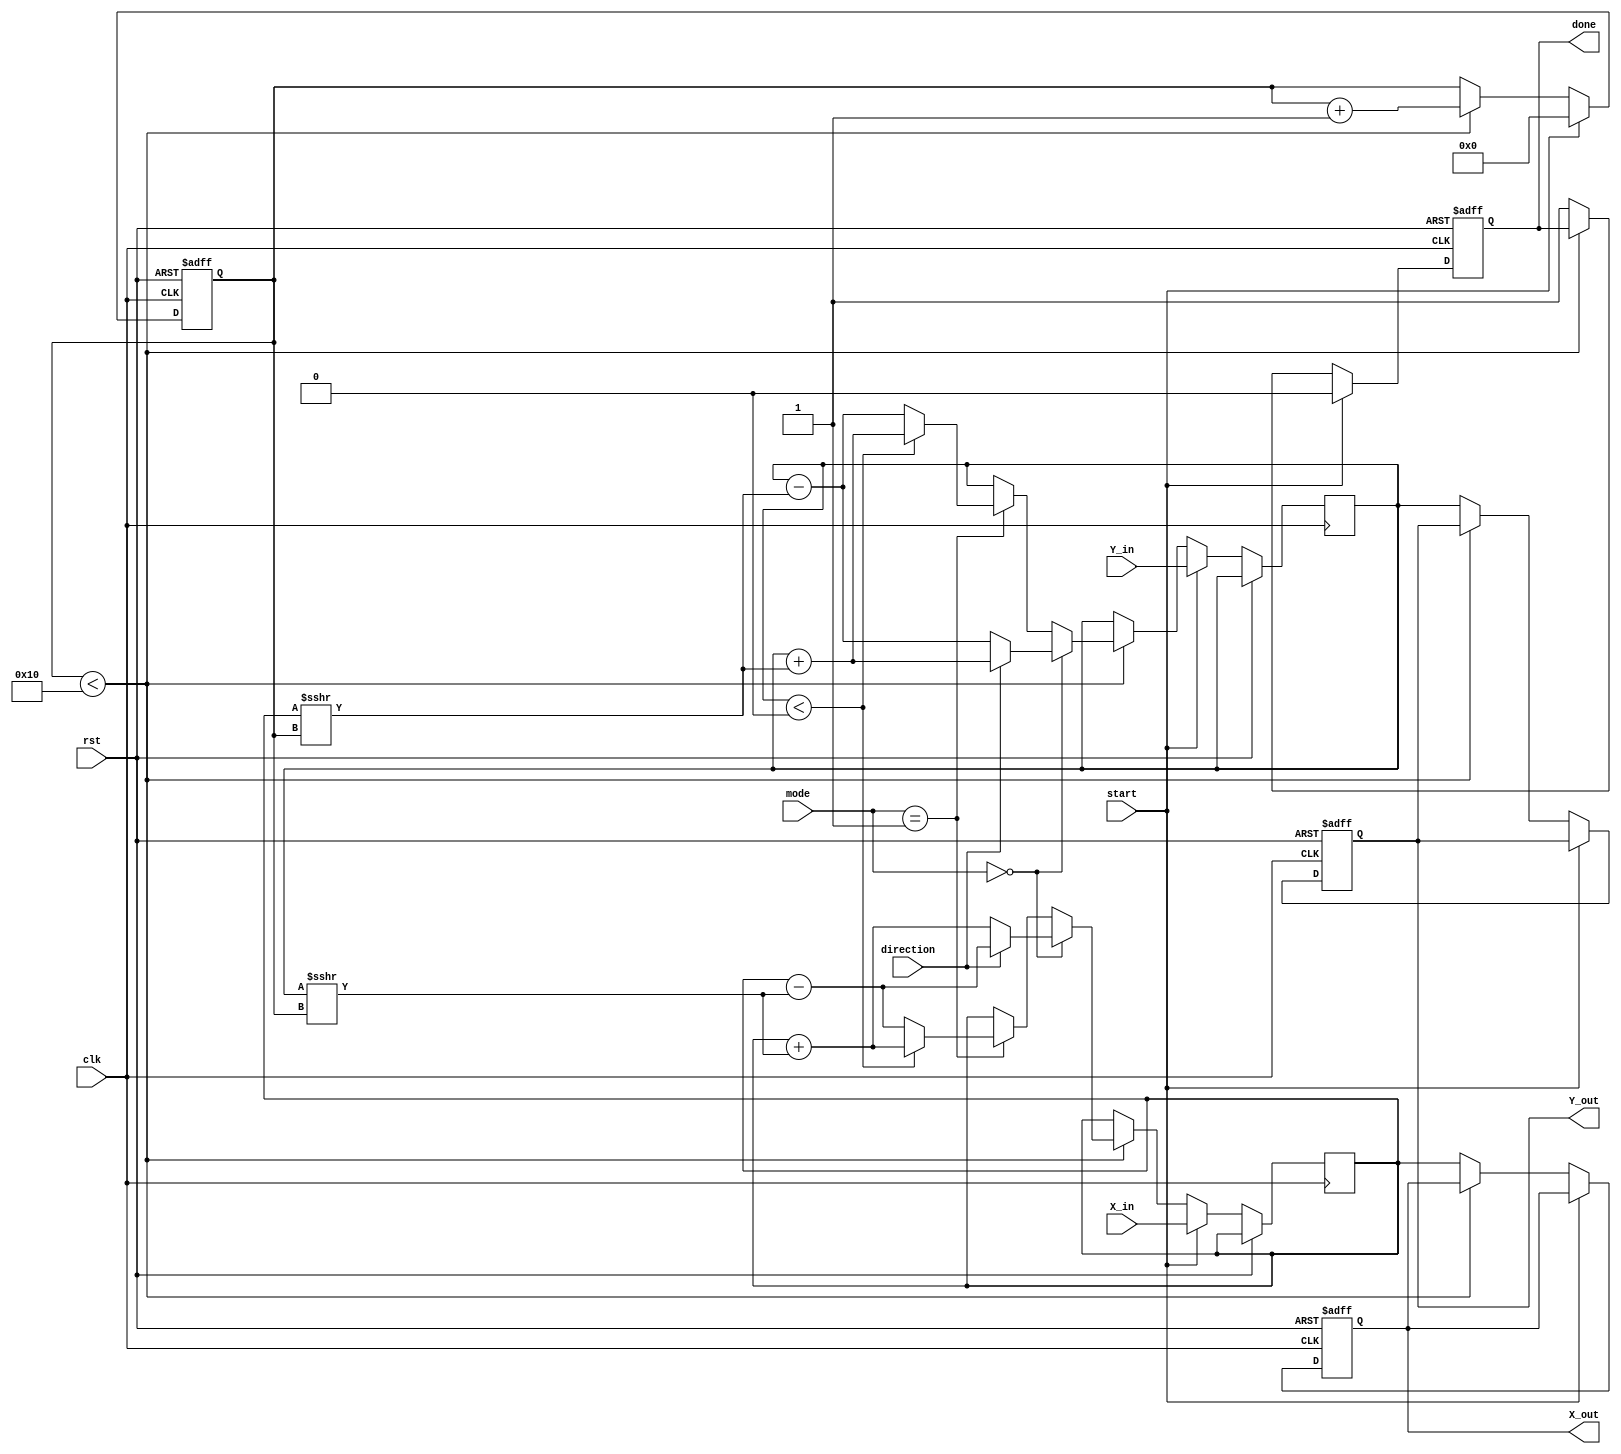
module cordic #(
    parameter DATA_WIDTH = 16,     // Data width for inputs and outputs
    parameter NUM_ITERATIONS = 16   // Number of CORDIC iterations
)(
    input wire clk,                 // Clock signal
    input wire rst,                 // Reset signal
    input wire [DATA_WIDTH-1:0] X_in,  // Input X coordinate
    input wire [DATA_WIDTH-1:0] Y_in,  // Input Y coordinate
    input wire [1:0] mode,          // Operation mode (00: rotation, 01: vectoring)
    input wire direction,            // Rotation direction (0: clockwise, 1: counter-clockwise)
    input wire start,                // Start signal
    output reg [DATA_WIDTH-1:0] X_out, // Output X coordinate
    output reg [DATA_WIDTH-1:0] Y_out, // Output Y coordinate
    output reg done                 // Completion signal
);

    // Pre-computed angle lookup table (arctan values in fixed-point format)
    reg [DATA_WIDTH-1:0] atan_table [0:NUM_ITERATIONS-1];

    initial begin
        // Initialize the atan_table with pre-computed values
        // In a real implementation, these values would need to be calculated.
        atan_table[0] = 16'h2000; // atan(2^-0)
        atan_table[1] = 16'h1400; // atan(2^-1)
        atan_table[2] = 16'h0A00; // atan(2^-2)
        atan_table[3] = 16'h0500; // atan(2^-3)
        atan_table[4] = 16'h0280; // atan(2^-4)
        // Fill in the rest of the table...
    end

    // Registers for iterative computation
    reg [DATA_WIDTH-1:0] x_reg;
    reg [DATA_WIDTH-1:0] y_reg;
    reg [4:0] iteration_count; // To keep track of iterations

    always @(posedge clk or posedge rst) begin
        if (rst) begin
            // Reset output and internal registers
            X_out <= 0;
            Y_out <= 0;
            done <= 0;
            iteration_count <= 0;
        end else if (start) begin
            // Initialize registers at start
            x_reg <= X_in;
            y_reg <= Y_in;
            iteration_count <= 0;
            done <= 0;
        end else if (iteration_count < NUM_ITERATIONS) begin
            // Perform CORDIC iteration
            if (mode == 2'b00) begin // Rotation mode
                if (direction) begin // Counter-clockwise
                    x_reg <= x_reg - (y_reg >>> iteration_count);
                    y_reg <= y_reg + (x_reg >>> iteration_count);
                end else begin // Clockwise
                    x_reg <= x_reg + (y_reg >>> iteration_count);
                    y_reg <= y_reg - (x_reg >>> iteration_count);
                end
            end else if (mode == 2'b01) begin // Vectoring mode
                if (y_reg < 0) begin // If y is negative
                    x_reg <= x_reg + (y_reg >>> iteration_count);
                    y_reg <= y_reg + (x_reg >>> iteration_count);
                end else begin
                    x_reg <= x_reg - (y_reg >>> iteration_count);
                    y_reg <= y_reg - (x_reg >>> iteration_count);
                end
            end

            // Increment iteration count
            iteration_count <= iteration_count + 1;
        end else begin // Completed all iterations
            X_out <= x_reg; // Output X
            Y_out <= y_reg; // Output Y
            done <= 1;      // Indicate completion
        end
    end
    
endmodule